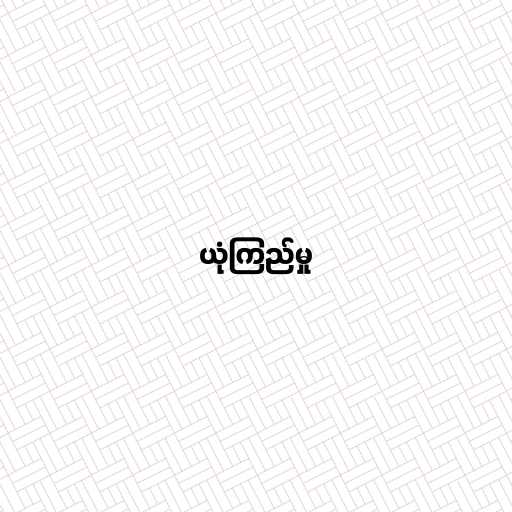
ယုံကြည်မှု